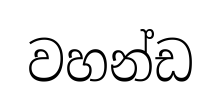
වහන්ඩ